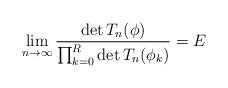
LaTeX: \begin{align*}\lim_{n\to\infty} \frac{\det T_n(\phi)}{\prod_{k=0}^R \det T_n(\phi_k)}=E\end{align*}